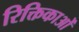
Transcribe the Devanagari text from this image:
रिक्तिकाओं